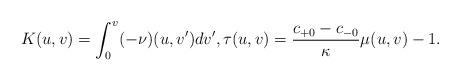
LaTeX: \begin{align*} K(u,v)=\int_0^v(-\nu)(u,v')dv',\tau(u,v)=\frac{c_{+0}-c_{-0}}{\kappa}\mu(u,v)-1.\end{align*}